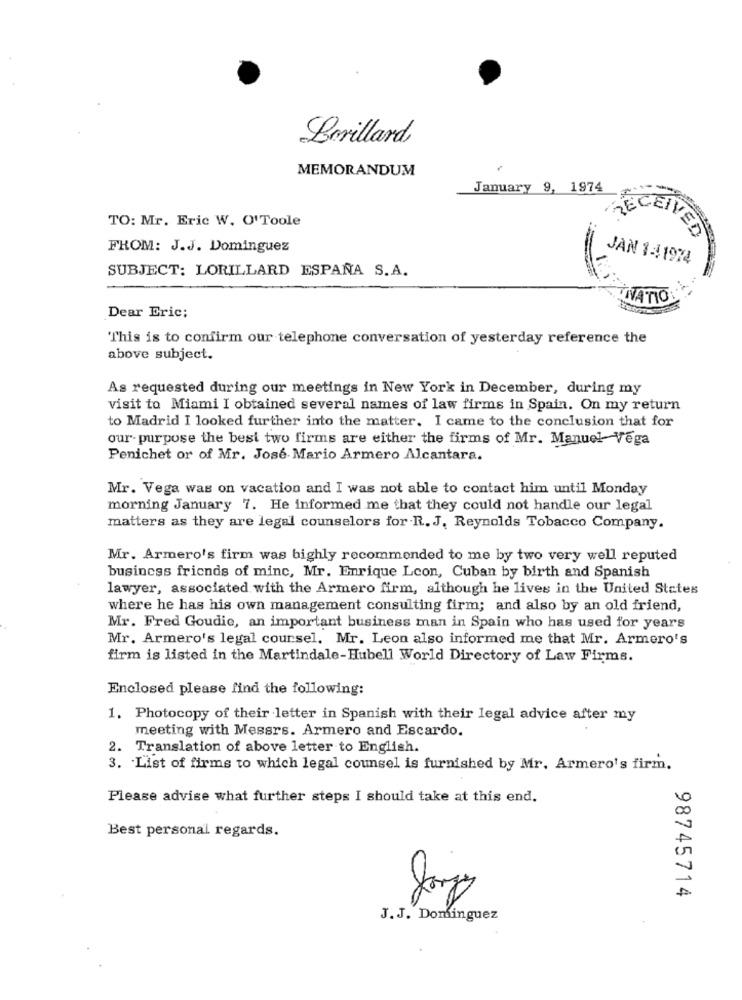
Brillard
MEMORANDUM
January 9, 1974
TO: Mr. Eric W. O'Toole
RECEIVED
FROM: J.J. Dominguez
JAN 1:41974
SUBJECT: LORILLARD ESPAÑA S.A.
NATION
Dear Eric;
This is to confirm our telephone conversation of yesterday reference the
above subject.
As requested during our meetings in New York in December, during my
visit to Miami I obtained several names of law firms in Spain. On my return
to Madrid I looked further into the matter. I came to the conclusion that for
our- purpose the best two firms are either the firms of Mr. Manuel Vega
Penichet or of Mr. Jose Mario Armero Alcantara.
Mr. Vega was on vacation and I was not able to contact him until Monday
morning January 7. He informed me that they could not handle our legal
matters as they are legal counselors for R. J. Reynolds Tobacco Company.
Mr. Armero's firm was highly recommended to me by two very well reputed
business friends of minc, Mr. Enrique Lcon, Cuban by birth and Spanish
lawyer, associated with the Armero firm, although he lives in the United States
where he has his own management consulting firm; and also by an old friend,
Mr. Fred Goudie, an important business man in Spain who has used for years
Mr. Armero's legal coursel. Mr. Leon also informed me that Mr. Armero's
firm is listed in the Martindale-Hubell World Directory of Law Firms.
Enclosed please find the following:
1. Photocopy of their letter in Spanish with their legal advice after my
meeting with Messrs. Armero and Escardo.
2. Translation of above letter to English.
3. List of firms to which legal counsel is furnished by Mr. Armero's firm.
Please advise what further steps I should take at this end.
Best personal regards.
98745714
J. J. Dominguez